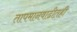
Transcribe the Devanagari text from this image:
तापमानवाढीतही